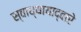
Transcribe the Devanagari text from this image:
स्वाध्यायाद्वारे